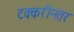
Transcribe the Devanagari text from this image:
टक्करीनंतर